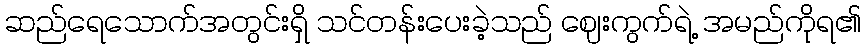
ဆည်ရေသောက်အတွင်းရှိ သင်တန်းပေးခဲ့သည် ဈေးကွက်ရဲ့ အမည်ကိုရ၏